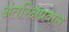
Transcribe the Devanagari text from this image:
अंतरिक्षप्रवास